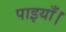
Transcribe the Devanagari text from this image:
पाइयाँ।